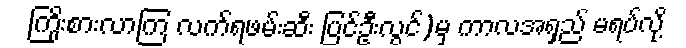
ကြိုးစားလာကြ လက်ရဖမ်းဆီး ပြင်ဦးလွင်)မှ ကာလအရှည် မရပ်လို့